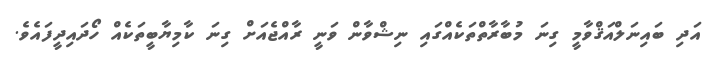
އަދި ބައިނަލްއަޤްވާމީ ގިނަ މުބާރާތްތަކެއްގައި ނިޝްވާން ވަނީ ރާއްޖެއަށް ގިނަ ކާމިޔާބީތަކެއް ހޯދައިދީފައެވެ.